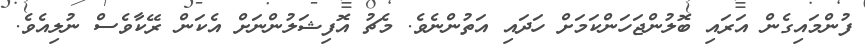
ފުންމައިގެން އަރައި ބޮލުންޖަހަންކަމަށް ހަދައި އަތުންނެވެ. މެޗު އޮފިޝަލުންނަށް އެކަން ރޭކާވެސް ނުލިއެވެ.